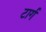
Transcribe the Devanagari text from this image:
टार्ग